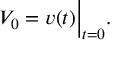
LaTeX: V _ { 0 } = v ( t ) { \Big | } _ { t = 0 } .